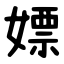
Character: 嫖